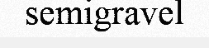
semigravel